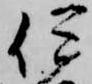
伊